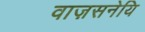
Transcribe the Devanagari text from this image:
वाज़सनेयि